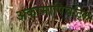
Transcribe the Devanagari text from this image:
अकामापिचट्लि